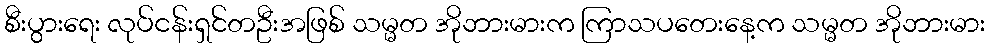
စီးပွားရေး လုပ်ငန်းရှင်တဦးအဖြစ် သမ္မတ အိုဘားမားက ကြာသပတေးနေ့က သမ္မတ အိုဘားမား